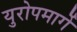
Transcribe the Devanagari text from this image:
युरोपमार्गे